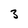
Character: 3